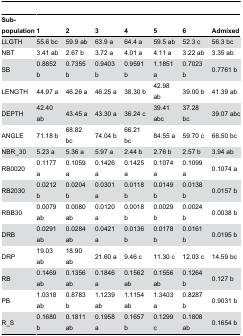
<table><thead><tr><td><b>Sub-population</b></td><td><b>1</b></td><td><b>2</b></td><td><b>3</b></td><td><b>4</b></td><td><b>5</b></td><td><b>6</b></td><td><b>Admixed</b></td></tr></thead><tbody><tr><td>LLGTH</td><td>55.6 bc</td><td>59.9 ab</td><td>63.9 a</td><td>64.4 a</td><td>59.5 ab</td><td>52.3 c</td><td>56.3 bc</td></tr><tr><td>NBT</td><td>3.41 ab</td><td>2.67 b</td><td>3.72 a</td><td>4.01 a</td><td>4.11 a</td><td>3.22 ab</td><td>3.35 ab</td></tr><tr><td>SB</td><td>0.8852 b</td><td>0.7355 b</td><td>0.9403 b</td><td>0.9591 b</td><td>1.1851 a</td><td>0.7023 b</td><td>0.7761 b</td></tr><tr><td>LENGTH</td><td>44.97 a</td><td>46.26 a</td><td>46.25 a</td><td>38.30 b</td><td>42.98 ab</td><td>39.00 b</td><td>41.39 ab</td></tr><tr><td>DEPTH</td><td>42.40 ab</td><td>43.45 a</td><td>43.30 a</td><td>36.24 c</td><td>39.41 abc</td><td>37.28 bc</td><td>39.07 abc</td></tr><tr><td>ANGLE</td><td>71.18 b</td><td>68.82 bc</td><td>74.04 b</td><td>66.21 bc</td><td>84.55 a</td><td>59.70 c</td><td>66.50 bc</td></tr><tr><td>NBR_30</td><td>5.23 a</td><td>5.36 a</td><td>5.97 a</td><td>2.44 b</td><td>2.76 b</td><td>2.57 b</td><td>3.94 ab</td></tr><tr><td>RB0020</td><td>0.1177 a</td><td>0.1059 a</td><td>0.1426 a</td><td>0.1425 a</td><td>0.1074 a</td><td>0.1099 a</td><td>0.1074 a</td></tr><tr><td>RB2030</td><td>0.0212 b</td><td>0.0204 b</td><td>0.0301 a</td><td>0.0118 b</td><td>0.0149 b</td><td>0.0138 b</td><td>0.0157 b</td></tr><tr><td>RBB30</td><td>0.0079 ab</td><td>0.0080 ab</td><td>0.0120 a</td><td>0.0018 b</td><td>0.0029 b</td><td>0.0024 b</td><td>0.0038 b</td></tr><tr><td>DRB</td><td>0.0291 ab</td><td>0.0284 ab</td><td>0.0421 a</td><td>0.0136 b</td><td>0.0178 b</td><td>0.0161 b</td><td>0.0195 b</td></tr><tr><td>DRP</td><td>19.03 ab</td><td>18.90 ab</td><td>21.60 a</td><td>9.46 c</td><td>11.30 c</td><td>12.03 c</td><td>14.59 bc</td></tr><tr><td>RB</td><td>0.1469 ab</td><td>0.1356 ab</td><td>0.1846 a</td><td>0.1562 ab</td><td>0.1556 ab</td><td>0.1264 b</td><td>0.127 b</td></tr><tr><td>PB</td><td>1.0318 ab</td><td>0.8783 b</td><td>1.1239 ab</td><td>1.1154 ab</td><td>1.3403 a</td><td>0.8287 b</td><td>0.9031 b</td></tr><tr><td>R_S</td><td>0.1680 b</td><td>0.1811 ab</td><td>0.1958 a</td><td>0.1657 b</td><td>0.1299 c</td><td>0.1808 ab</td><td>0.1654 b</td></tr></tbody></table>